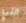
التي